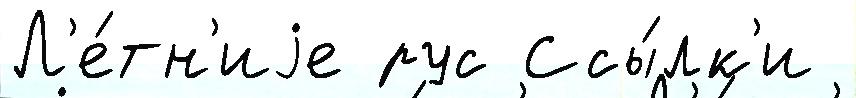
Л'е́тн'иjе рус Ссы́лк'и